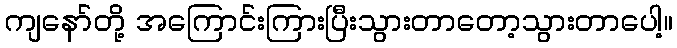
ကျနော်တို့ အကြောင်းကြားပြီးသွားတာတော့သွားတာပေါ့။